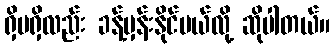
ရှိမရှိလည်း ခန့်မှန်းနိုင်မယ်လို့ ဆိုပါတယ်။